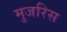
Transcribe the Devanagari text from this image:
मुजरिस